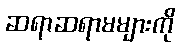
ဆရာဆရာမများကို